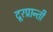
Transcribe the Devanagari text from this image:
दूरप्रान्ती